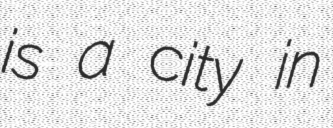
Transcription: is a city in